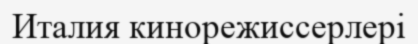
Италия кинорежиссерлері